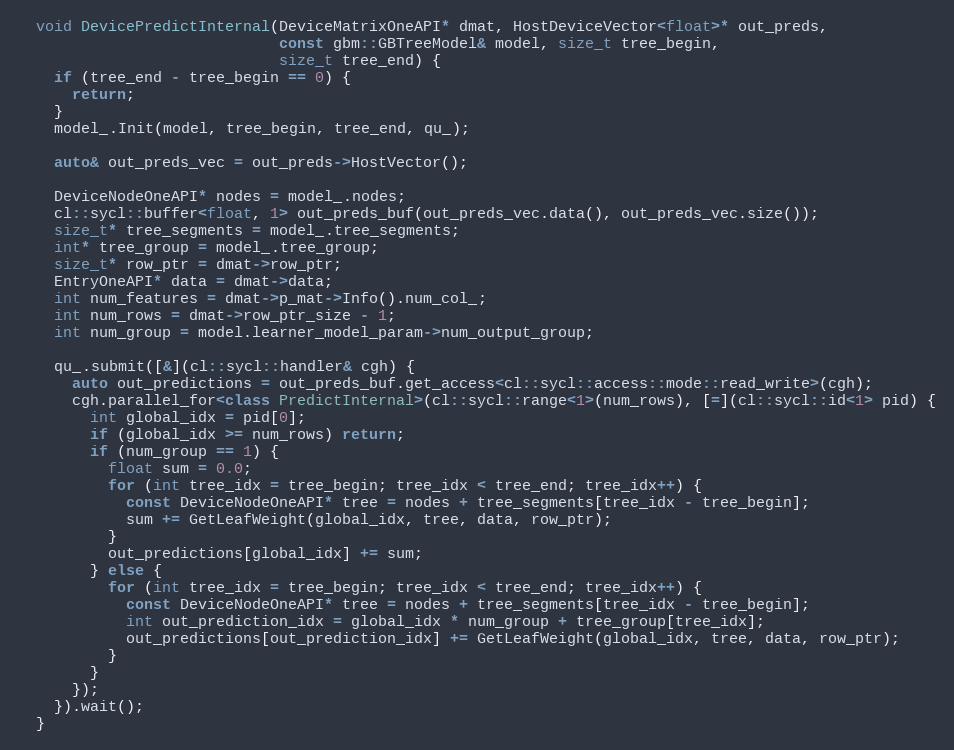
Language: C++
  void DevicePredictInternal(DeviceMatrixOneAPI* dmat, HostDeviceVector<float>* out_preds,
                             const gbm::GBTreeModel& model, size_t tree_begin,
                             size_t tree_end) {
    if (tree_end - tree_begin == 0) {
      return;
    }
    model_.Init(model, tree_begin, tree_end, qu_);

    auto& out_preds_vec = out_preds->HostVector();

    DeviceNodeOneAPI* nodes = model_.nodes;
    cl::sycl::buffer<float, 1> out_preds_buf(out_preds_vec.data(), out_preds_vec.size());
    size_t* tree_segments = model_.tree_segments;
    int* tree_group = model_.tree_group;
    size_t* row_ptr = dmat->row_ptr;
    EntryOneAPI* data = dmat->data;
    int num_features = dmat->p_mat->Info().num_col_;
    int num_rows = dmat->row_ptr_size - 1;
    int num_group = model.learner_model_param->num_output_group;

    qu_.submit([&](cl::sycl::handler& cgh) {
      auto out_predictions = out_preds_buf.get_access<cl::sycl::access::mode::read_write>(cgh);
      cgh.parallel_for<class PredictInternal>(cl::sycl::range<1>(num_rows), [=](cl::sycl::id<1> pid) {
        int global_idx = pid[0];
        if (global_idx >= num_rows) return;
        if (num_group == 1) {
          float sum = 0.0;
          for (int tree_idx = tree_begin; tree_idx < tree_end; tree_idx++) {
            const DeviceNodeOneAPI* tree = nodes + tree_segments[tree_idx - tree_begin];
            sum += GetLeafWeight(global_idx, tree, data, row_ptr);
          }
          out_predictions[global_idx] += sum;
        } else {
          for (int tree_idx = tree_begin; tree_idx < tree_end; tree_idx++) {
            const DeviceNodeOneAPI* tree = nodes + tree_segments[tree_idx - tree_begin];
            int out_prediction_idx = global_idx * num_group + tree_group[tree_idx];
            out_predictions[out_prediction_idx] += GetLeafWeight(global_idx, tree, data, row_ptr);
          }
        }
      });
    }).wait();
  }